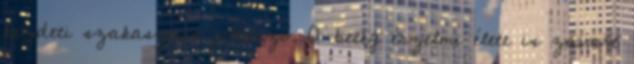
kezdeti szakaszára jellemző. A beteg érzelmi élete is zavart